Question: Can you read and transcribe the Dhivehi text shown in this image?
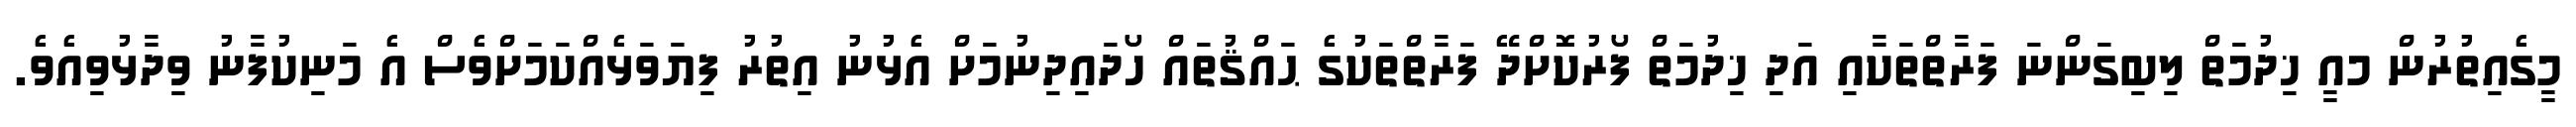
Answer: މީގެއިތުރުން މއީ ޚިދުމަތް ލިބިގަންނަ ފަރާތްތަކާއި އަދި ޚިދުމަތް ފޯރުކޮށްދޭ ފަރާތްތަކުގެ ޙައްޤުތައް ހޯދައިދިނުމަށް އެޅުނު އިތުރު ފިޔަވަޅެއްކަމަށްވެސް އެ މަނިކުފާނު ވިދާޅުވިއެވެ.